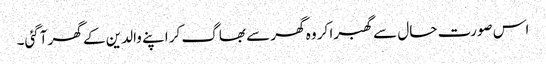
اس صورت حال سے گھبرا کر وہ گھر سے بھاگ کر اپنے والدین کے گھر آگئی۔